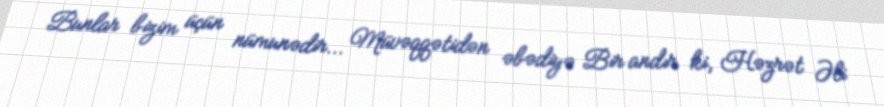
Bunlar bizim üçün nümunədir... Müvəqqətidən əbədiyə Bir andır ki, Həzrət Əli